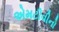
એમટીવીનો